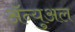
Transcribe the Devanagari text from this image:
ॲन्युअल